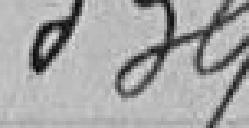
339